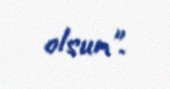
olsun".